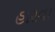
હારવા